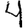
Digit: 4